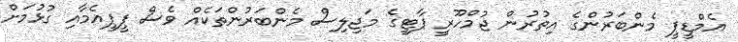
އެމްޑީޕީ މެންބަރުންގެ އިތުރުން ޖުމްހޫރީ ޕާޓީގެ މަޖިލިސް މެންބަރުންތަކެއް ވެސް ޕީޕީއެމާއި ގުޅުމަށް